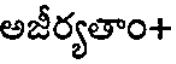
అజీర్యతాం+